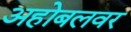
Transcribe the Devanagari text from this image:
अहोबलवर